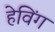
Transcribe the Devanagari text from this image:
हेविंग